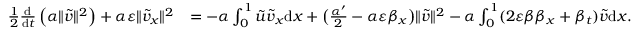
\begin{array} { r l } { \frac 1 2 \frac { \mathrm { d } } { \mathrm { d } t } \left( \alpha \| \tilde { v } \| ^ { 2 } \right) + \alpha \varepsilon \| \tilde { v } _ { x } \| ^ { 2 } } & { = - \alpha \int _ { 0 } ^ { 1 } \tilde { u } \tilde { v } _ { x } \mathrm { d } x + \big ( \frac { \alpha ^ { \prime } } { 2 } - \alpha \varepsilon \beta _ { x } \big ) \| \tilde { v } \| ^ { 2 } - \alpha \int _ { 0 } ^ { 1 } ( 2 \varepsilon \beta \beta _ { x } + \beta _ { t } ) \tilde { v } \mathrm { d } x . } \end{array}